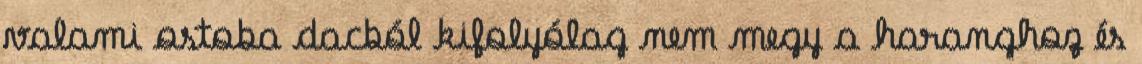
valami ostoba dacból kifolyólag nem megy a haranghoz és